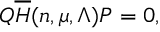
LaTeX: Q \overline { { { H } } } ( n , \mu , \Lambda ) P = 0 ,